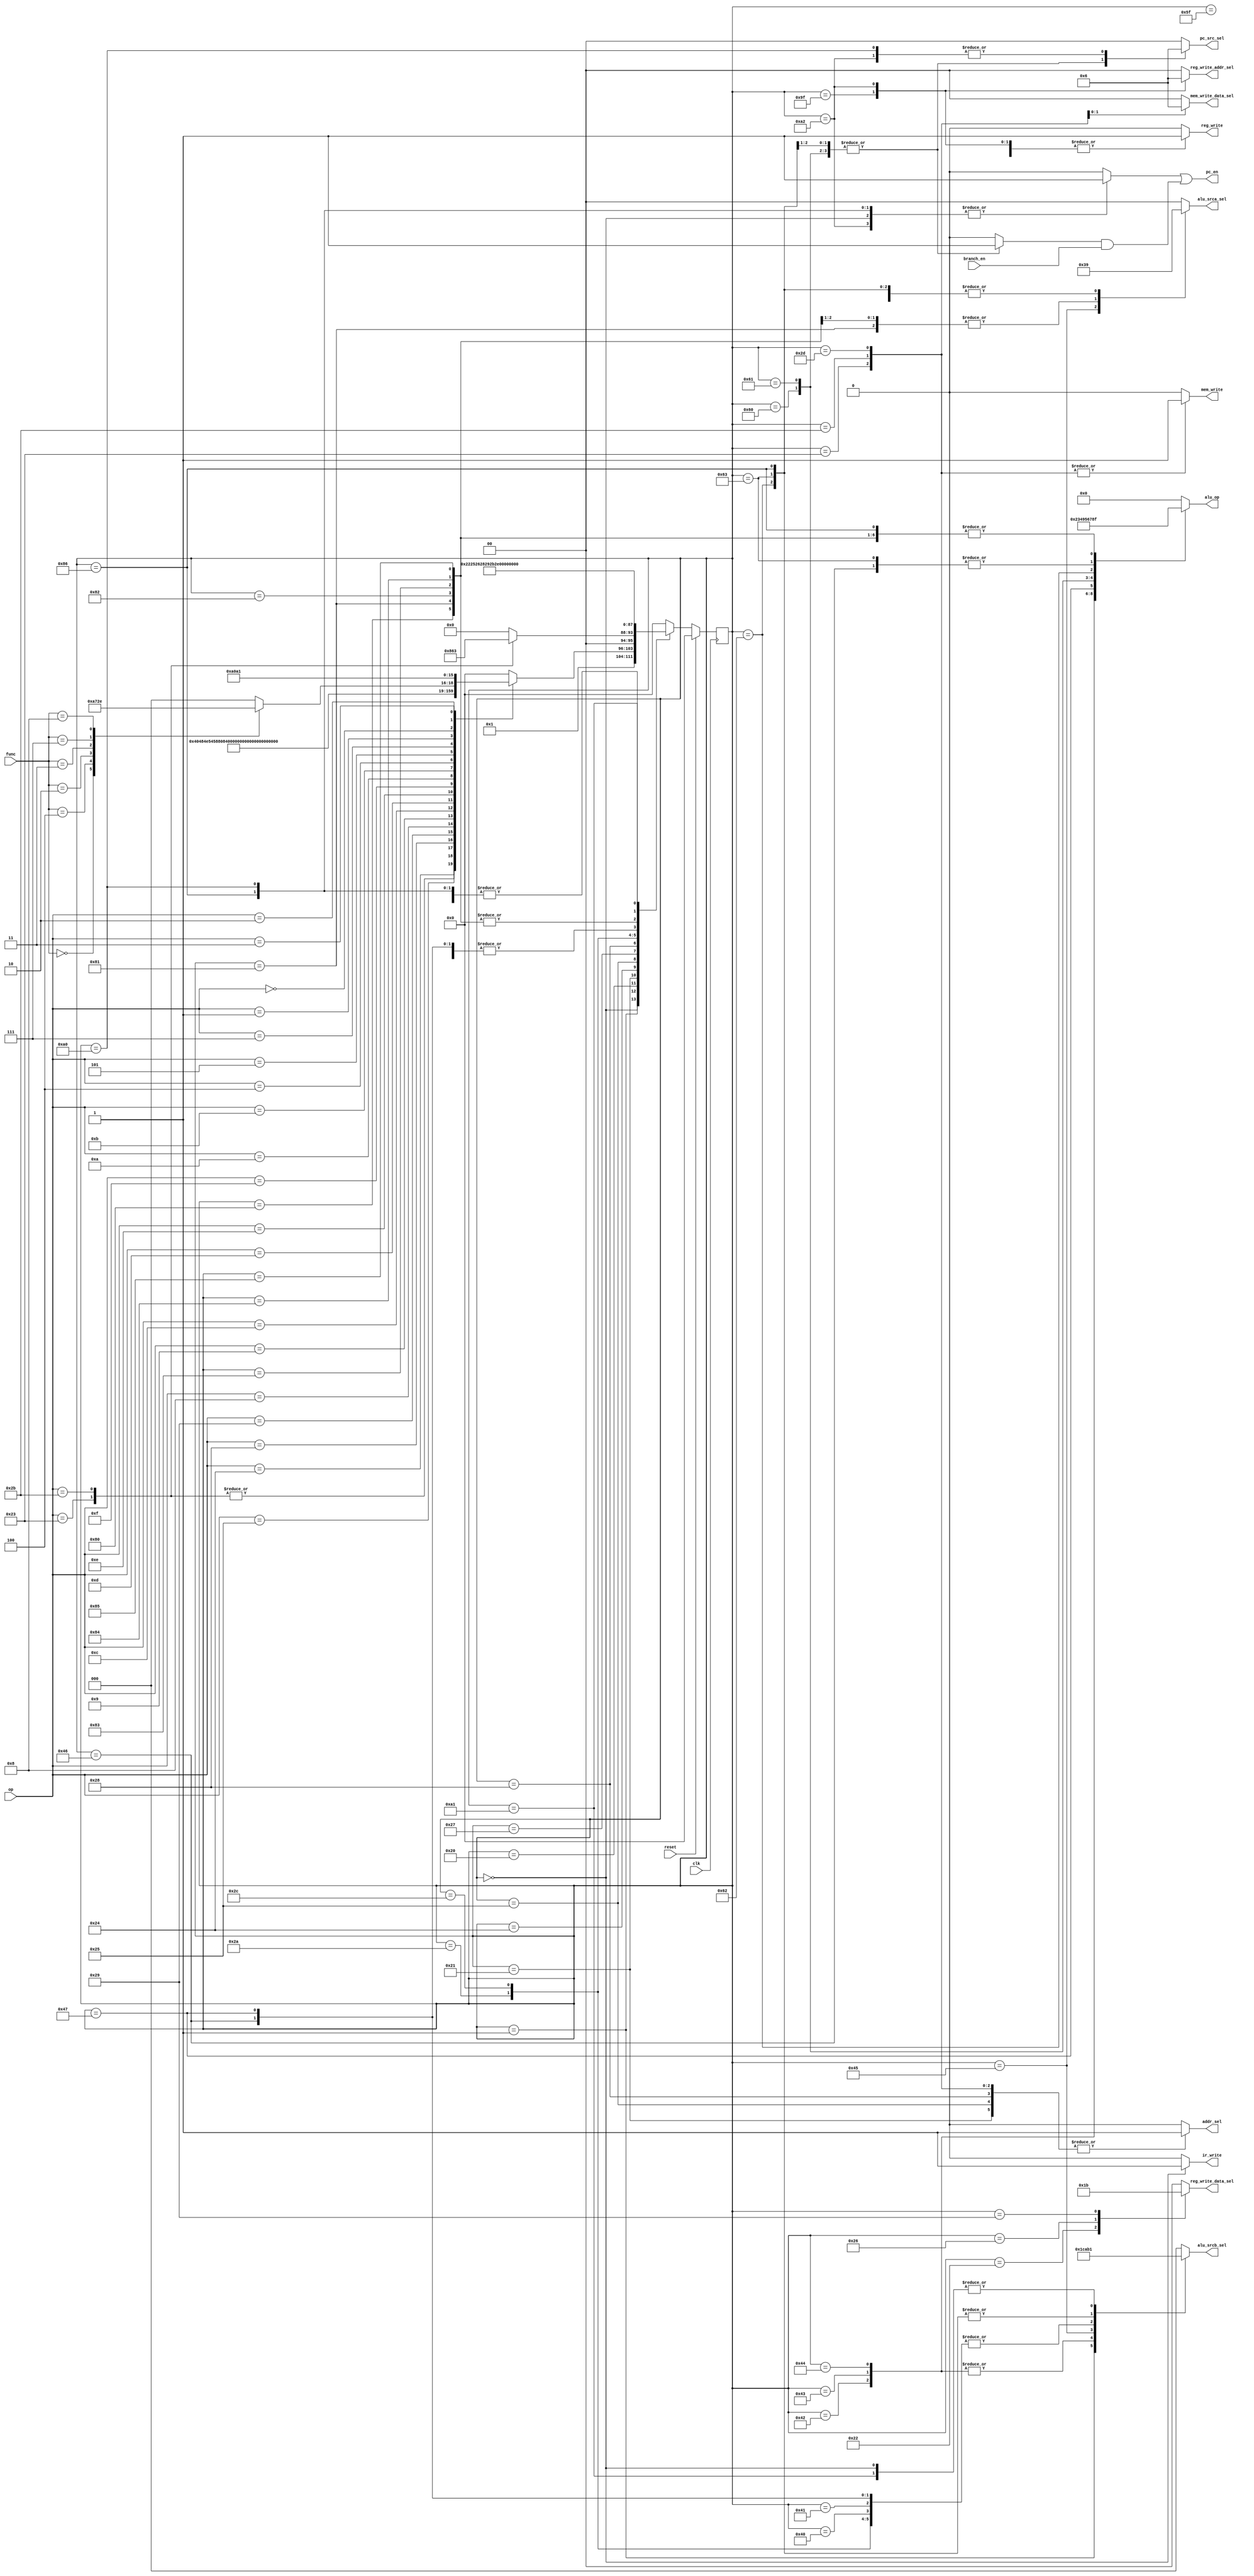
`timescale 1ns / 1ps
//////////////////////////////////////////////////////////////////////////////////
// Company: 
// Engineer: 
// 
// Design Name: 
// Module Name: controller
// Project Name: 
// Target Devices: 
// Tool Versions: 
// Description: 
// 
// R op(6bits) Rs(5bits) Rt(5bits) Rd(5bits) shamt(5bits) funct(6bits)
// I op(6bits) Rs(5bits) 16bits
// J op(6bits) 26bits)
//
// 
// 1.clk@(posedge clk)
// 2.always@(*)alwayscontrolleralways@(*)clk
// always@(posedge clk)always@(*)DECODE
// 
// Dependencies: 
// 
// Revision:
// Revision 0.01 - File Created
// Additional Comments:
// 
//////////////////////////////////////////////////////////////////////////////////


module controller(
    input clk,
    input reset,
    input [5:0] op,         //
    input [5:0] func,       //
    input branch_en,        //pc
    output reg ir_write,
    output reg [1:0] pc_src_sel,
    output pc_en,
    output reg [1:0] alu_srca_sel,
    output reg [2:0] alu_srcb_sel,
    output reg [3:0] alu_op,
    output reg addr_sel,
    output reg [1:0] mem_write_data_sel,
    output reg mem_write,
    output reg [1:0] reg_write_data_sel,
    output reg [1:0] reg_write_addr_sel,
    output reg reg_write);
    
    reg [7:0] state, next_state;  //
    reg pc_write, pc_write_cond;

    //
    //000
    parameter FETCH = 8'b000_00000;    //
    parameter DECODE = 8'b000_00001;   //ir_write <= 1clkir
    //I001
    parameter MEMADR = 8'b001_00000;   //aluresult = rs + offset16aluout = aluresult
    parameter LWMEM = 8'b001_00001;
    parameter LWWR = 8'b001_00010;
    parameter SWMEM = 8'b001_00011;     //aluresult = rs + offset16addr_sel <= 1
    parameter LBUEX = 8'b001_00100;
    parameter LBUMEM = 8'b001_00101;
    parameter LBUWR = 8'b001_00110;
    parameter LHUEX = 8'b001_00111;
    parameter LHUMEM = 8'b001_01000;
    parameter LHUWR = 8'b001_01001;
    parameter SBEX = 8'b001_01010;
    parameter SBMEM = 8'b001_01011;
    parameter SHEX = 8'b001_01100;
    parameter SHMEM = 8'b001_01101;
    //I010
    parameter ADDIEX = 8'b010_00000;
    parameter ADDIUEX = 8'b010_00001;
    parameter ANDIEX = 8'b010_00010;
    parameter ORIEX = 8'b010_00011;
    parameter XORIEX = 8'b010_00100;
    parameter LUIEX = 8'b010_00101;
    parameter SLTIEX = 8'b010_00110;
    parameter SLTIUEX = 8'b010_00111;
    parameter ITYPEWR = 8'b010_11111;  //reg_write_addr_sel <= 2'b00rtclk
    //I011
    parameter BEQEX = 8'b011_00000;
    parameter BNEEX = 8'b011_00001;
    parameter BGTZEX = 8'b011_00010;
    parameter BLTZEX = 8'b011_00011;
    //R100
    //Raddaddu rd = rs op rtRTYPEEX + RTYPEWR
    //100_0
    parameter RTYPEEX = 8'b100_00000;
    //RsllsrlXXEX + RTYPEWR
    //100_1
    parameter SLLEX = 8'b100_00001;
    parameter SLLVEX = 8'b100_00010;
    parameter SRLEX = 8'b100_00011;
    parameter SRAEX = 8'b100_00100;
    parameter SRAVEX = 8'b100_00101;
    parameter JREX = 8'b100_00110;
    parameter RTYPEWR = 8'b100_11111;  //reg_write_addr_sel <= 2'b01rdclk
    //J101
    parameter JEX = 8'b101_00000;
    parameter JALEX = 8'b101_00001;
    parameter JALWR = 8'b101_00010;
    parameter PCWAIT = 8'b101_11111;   //pc
    
    //
    parameter LW = 6'b100011;
    parameter SW = 6'b101011;
    parameter LBU = 6'b100100;
    parameter LHU = 6'b100101;
    parameter SB = 6'b101000;
    parameter SH = 6'b101001;
    parameter ADDI = 6'b001000; 
    parameter ADDIU = 6'b001001;
    parameter ANDI = 6'b001100;
    parameter ORI = 6'b001101;
    parameter XORI = 6'b001110;
    parameter LUI = 6'b001111;
    parameter SLTI = 6'b001010;
    parameter SLTIU = 6'b001011;
    parameter BEQ = 6'b000100;
    parameter BNE = 6'b000101;
    parameter BGTZ = 6'b000111;
    parameter BLTZ = 6'b000001;
    parameter RTYPE = 6'b000000;
    parameter J = 6'b000010;
    parameter JAL = 6'b000011;
    
    //func
    parameter SLL = 6'b000000;
    parameter SLLV = 6'b000100;
    parameter SRL = 6'b000010;
    parameter SRA = 6'b000011;
    parameter SRAV = 6'b000111;
    parameter JR = 6'b001000;

    //
    always @(posedge clk)
        if(reset) state <= FETCH;
        else state <= next_state;

    //
    always @(*) begin
        case(state)
            //
            FETCH: next_state = DECODE;
            //
            DECODE: case(op)
                        LW: next_state = MEMADR;
                        SW: next_state = MEMADR;
                        LBU: next_state = LBUEX;
                        LHU: next_state = LHUEX;
                        SB: next_state = SBEX;
                        SH: next_state = SHEX;
                        ADDI: next_state = ADDIEX;
                        ADDIU: next_state = ADDIUEX;
                        ANDI: next_state = ANDIEX;
                        ORI:  next_state = ORIEX;
                        XORI: next_state = XORIEX;
                        LUI: next_state = LUIEX;
                        SLTI: next_state = SLTIEX;
                        SLTIU: next_state = SLTIUEX;
                        BEQ:  next_state = BEQEX;
                        BNE:  next_state = BNEEX;
                        BGTZ: next_state = BGTZEX;
                        BLTZ: next_state = BLTZEX;
                        RTYPE: 
                            case(func)
                                SLL: next_state = SLLEX;
                                SLLV: next_state = SLLVEX;
                                SRL: next_state = SRLEX;
                                SRA: next_state = SRAEX;
                                SRAV: next_state = SRAVEX;
                                JR:  next_state = JREX;
                                default: next_state = RTYPEEX;  //defaultaddR
                            endcase
                        J:    next_state = JEX;
                        JAL:  next_state = JALEX;
                        default: next_state = FETCH;
                    endcase
            //I
            //
            MEMADR: case(op)
                        LW: next_state = LWMEM;
                        SW: next_state = SWMEM;
                        default: next_state = FETCH;    //default
                    endcase
            //lw    
            LWMEM:  next_state = LWWR;      //-MDR
            LWWR:   next_state = FETCH;     //-
            //sw
            SWMEM:  next_state = FETCH;    //-mem_write_data
            //lbu
            LBUEX:  next_state = LBUMEM;
            LBUMEM: next_state = LBUWR;
            LBUWR:  next_state = FETCH;
            //lhu
            LHUEX:  next_state = LHUMEM;
            LHUMEM: next_state = LHUWR;
            LHUWR:  next_state = FETCH;
            //sb
            SBEX:   next_state = SBMEM;
            SBMEM:  next_state = FETCH;
            //sh
            SHEX:   next_state = SHMEM;
            SHMEM:  next_state = FETCH;
            //I
            //addi
            ADDIEX: next_state = ITYPEWR;
            //addiu
            ADDIUEX: next_state = ITYPEWR;
            //andi
            ANDIEX: next_state = ITYPEWR;
            //ori
            ORIEX:  next_state = ITYPEWR;
            //xori
            XORIEX: next_state = ITYPEWR;
            //lui
            LUIEX:  next_state = ITYPEWR;
            //slti
            SLTIEX: next_state = ITYPEWR;
            //sltiu
            SLTIUEX: next_state = ITYPEWR;
            //I
            ITYPEWR: next_state = FETCH;
            //I
            //beq
            BEQEX:  next_state = PCWAIT;    //PC
            //bne
            BNEEX:  next_state = PCWAIT;    //PC
            //bgtz
            BGTZEX: next_state = PCWAIT;    //PC
            //bltz
            BLTZEX: next_state = PCWAIT;    //PC
            //R
            //RaddadduandsubRTYPEEX + RTYPEWR
            RTYPEEX: next_state = RTYPEWR;
            //RsllsrlXXEX + RTYPEWR
            //sll
            SLLEX:  next_state = RTYPEWR;
            //sllv
            SLLVEX:  next_state = RTYPEWR;
            //srl
            SRLEX:  next_state = RTYPEWR;
            //sra
            SRAEX:  next_state = RTYPEWR;
            //srav
            SRAVEX:  next_state = RTYPEWR;
            //jr
            JREX:   next_state = PCWAIT;
            //R
            RTYPEWR: next_state = FETCH;
            //J
            //j
            JEX:    next_state = PCWAIT;
            //jal
            JALEX: next_state = JALWR;
            JALWR: next_state = PCWAIT;
            //pcwait
            PCWAIT: next_state = FETCH;
            //default
            default: next_state = FETCH;
        endcase
    end

    always @(*) begin
        //0
        ir_write = 0;
        pc_src_sel = 2'b00;
        pc_write = 0;
        pc_write_cond = 0;
        alu_srca_sel = 2'b00;
        alu_srcb_sel = 3'b000;
        alu_op = 4'b0000;
        addr_sel = 0;
        mem_write_data_sel = 2'b00;
        mem_write = 0;
        reg_write_addr_sel = 2'b00;
        reg_write_data_sel = 2'b00;
        reg_write = 0;
        case(state)
            //
            FETCH: begin
                ir_write = 1;
                alu_srcb_sel = 3'b001;
                pc_write = 1;
            end
            //
            DECODE: begin
                alu_srcb_sel = 3'b011;
            end
            //I
            //
            MEMADR: begin
                alu_srca_sel = 2'b01;
                alu_srcb_sel = 3'b010;
            end
            //lw
            LWMEM: begin
                addr_sel = 1;
            end
            LWWR: begin
                reg_write_data_sel = 2'b01;
                reg_write = 1;
            end
            //sw
            SWMEM: begin
                addr_sel = 1;
                mem_write = 1;
            end
            //lbu
            LBUEX: begin
                alu_srca_sel = 2'b01;
                alu_srcb_sel = 3'b010;
            end
            LBUMEM: begin
                addr_sel = 1;
            end
            LBUWR: begin
                reg_write_data_sel = 2'b10;
                reg_write = 1;
            end
            //lhu
            LHUEX: begin
                alu_srca_sel = 2'b01;
                alu_srcb_sel = 3'b010;
            end
            LHUMEM: begin
                addr_sel = 1;
            end
            LHUWR: begin
                reg_write_data_sel = 2'b11;
                reg_write = 1;
            end
            //sb
            SBEX: begin
                alu_srca_sel = 2'b01;
                alu_srcb_sel = 3'b010;
            end
            SBMEM: begin
                addr_sel = 1;
                mem_write_data_sel = 2'b01;
                mem_write = 1;
            end
            //sh
            SHEX: begin
                alu_srca_sel = 2'b01;
                alu_srcb_sel = 3'b010;
            end
            SHMEM: begin
                addr_sel = 1;
                mem_write_data_sel = 2'b10;
                mem_write = 1;
            end
            //I
            //addi
            ADDIEX: begin
                alu_op = 4'b0000;
                alu_srca_sel = 2'b01;
                alu_srcb_sel = 3'b010;
            end
            //addiu
            ADDIUEX: begin
                alu_op = 4'b0000;
                alu_srca_sel = 2'b01;
                alu_srcb_sel = 3'b010;
            end
            //andi
            ANDIEX: begin
                alu_op = 4'b0010;
                alu_srca_sel = 2'b01;
                alu_srcb_sel = 3'b100;
            end
            //ori
            ORIEX: begin
                alu_op = 4'b0011;
                alu_srca_sel = 2'b01;
                alu_srcb_sel = 3'b100;
            end
            //xori
            XORIEX: begin
                alu_op = 4'b0100;
                alu_srca_sel = 2'b01;
                alu_srcb_sel = 3'b100;
            end
            //lui
            LUIEX: begin
                alu_op = 4'b0000;
                alu_srca_sel = 2'b11;
                alu_srcb_sel = 3'b101;
            end
            //slti
            SLTIEX: begin
                alu_op = 4'b1000;
                alu_srca_sel = 2'b01;
                alu_srcb_sel = 3'b010;
            end
            //sltiu
            SLTIUEX: begin
                alu_op = 4'b1001;
                alu_srca_sel = 2'b01;
                alu_srcb_sel = 3'b010;
            end
            //I
            ITYPEWR: begin
                reg_write = 1;
            end
            //I
            //beq
            BEQEX: begin
                alu_srca_sel = 2'b01;
                alu_op = 4'b0101;
                pc_write_cond = 1;
                pc_src_sel = 2'b01;
            end
            //bne
            BNEEX: begin
                alu_srca_sel = 2'b01;
                alu_op = 4'b0110;
                pc_write_cond = 1;
                pc_src_sel = 2'b01;
            end
            //bgtz
            BGTZEX: begin
                alu_srca_sel = 2'b01;
                alu_srcb_sel = 3'b110;
                alu_op = 4'b0111;
                pc_write_cond = 1;
                pc_src_sel = 2'b01;
            end
            //bltz
            BLTZEX: begin
                alu_srca_sel = 2'b01;
                alu_srcb_sel = 3'b110;
                alu_op = 4'b1000;
                pc_write_cond = 1;
                pc_src_sel = 2'b01;
            end
            //R
            //RaddadduandsubRTYPEEX + RTYPEWR
            RTYPEEX: begin
                alu_op = 4'b1111;
                alu_srca_sel = 2'b01;
            end
            //RsllsrlXXEX + RTYPEWR
            //sll
            SLLEX: begin
                alu_op = 4'b1111;
                alu_srca_sel = 2'b10;
            end
            //sllv
            SLLVEX: begin
                alu_op = 4'b1111;
                alu_srca_sel = 2'b01;
            end
            //srl
            SRLEX: begin
                alu_op = 4'b1111;
                alu_srca_sel = 2'b10;
            end
            //sra
            SRAEX: begin
                alu_op = 4'b1111;
                alu_srca_sel = 2'b10;
            end
            //srav
            SRAVEX: begin
                alu_op = 4'b1111;
                alu_srca_sel = 2'b01;
            end
            //jr
            JREX: begin
                pc_write = 1;
                alu_op = 4'b1111;
                alu_srca_sel = 2'b01;
                alu_srcb_sel = 3'b110;
            end
            //R
            RTYPEWR: begin
                reg_write_addr_sel = 2'b01;
                reg_write = 1;
            end
            //J
            //j
            JEX: begin
                pc_write = 1;
                pc_src_sel = 2'b10;
            end
            //jal
            JALEX: begin
                alu_op = 4'b0000;
                alu_srcb_sel = 3'b001;
            end
            JALWR: begin
                reg_write_addr_sel = 2'b10;
                reg_write = 1;
                pc_src_sel = 2'b10;
                pc_write = 1;
            end
            //pcwait
            PCWAIT: begin
            end
        endcase
    end
    assign pc_en = pc_write | (pc_write_cond&branch_en);            
endmodule